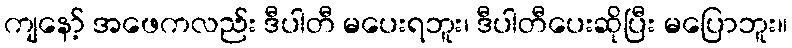
ကျနော့် အဖေကလည်း ဒီပါတီ မပေးရဘူး၊ ဒီပါတီပေးဆိုပြီး မပြောဘူး။